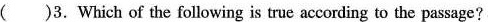
( )3. Which of the following is true according to the passage?